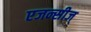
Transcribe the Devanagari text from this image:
एजन्सीज्